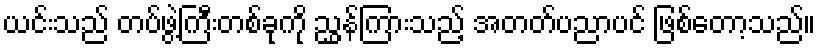
ယင်းသည် တပ်ဖွဲ့ကြီးတစ်ခုကို ညွှန်ကြားသည့် အတတ်ပညာပင် ဖြစ်တော့သည်။